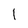
Character: I